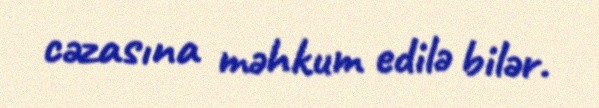
cəzasına məhkum edilə bilər.